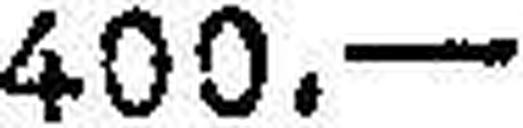
400.—